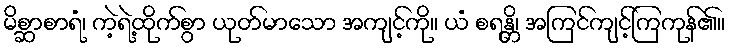
မိစ္ဆာစာရံ၊ ကဲ့ရဲ့ထိုက်စွာ ယုတ်မာသော အကျင့်ကို။ ယံ စရန္တိ၊ အကြင်ကျင့်ကြကုန်၏။